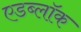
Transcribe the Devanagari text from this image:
एडब्लॉक